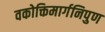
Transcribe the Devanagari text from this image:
वकोक्तिमार्गनिपुण